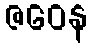
ဇဝေန